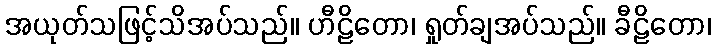
အယုတ်သဖြင့်သိအပ်သည်။ ဟီဠိတော၊ ရှုတ်ချအပ်သည်။ ခီဠိတော၊